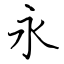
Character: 永